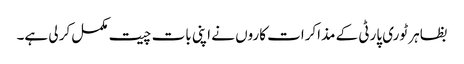
بظاہر ٹوری پارٹی کے مذاکرات کاروں نے اپنی بات چیت مکمل کر لی ہے۔